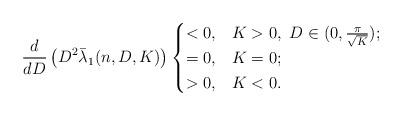
LaTeX: \begin{align*}\frac{d}{dD}\left(D^2 \bar{\lambda}_1(n,D,K)\right)\begin{cases}<0 , & K > 0, \ D \in (0, \frac{\pi}{\sqrt{K}}); \\= 0, & K=0; \\> 0, & K <0.\end{cases}\end{align*}